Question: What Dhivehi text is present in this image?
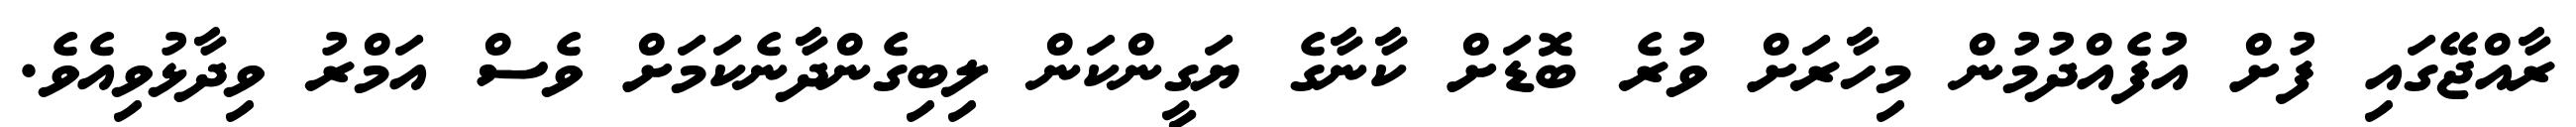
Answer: ރާއްޖޭގައި ފުށް އުފެއްދުމުން މިހާރަށް ވުރެ ބޮޑަށް ކާނާގެ ޔަގީންކަން ލިބިގެންދާނެކަމަށް ވެސް އަމްރު ވިދާޅުވިއެވެ.